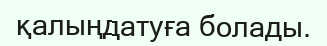
қалыңдатуға болады.